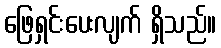
ဖြေရှင်းပေးလျက် ရှိသည်။